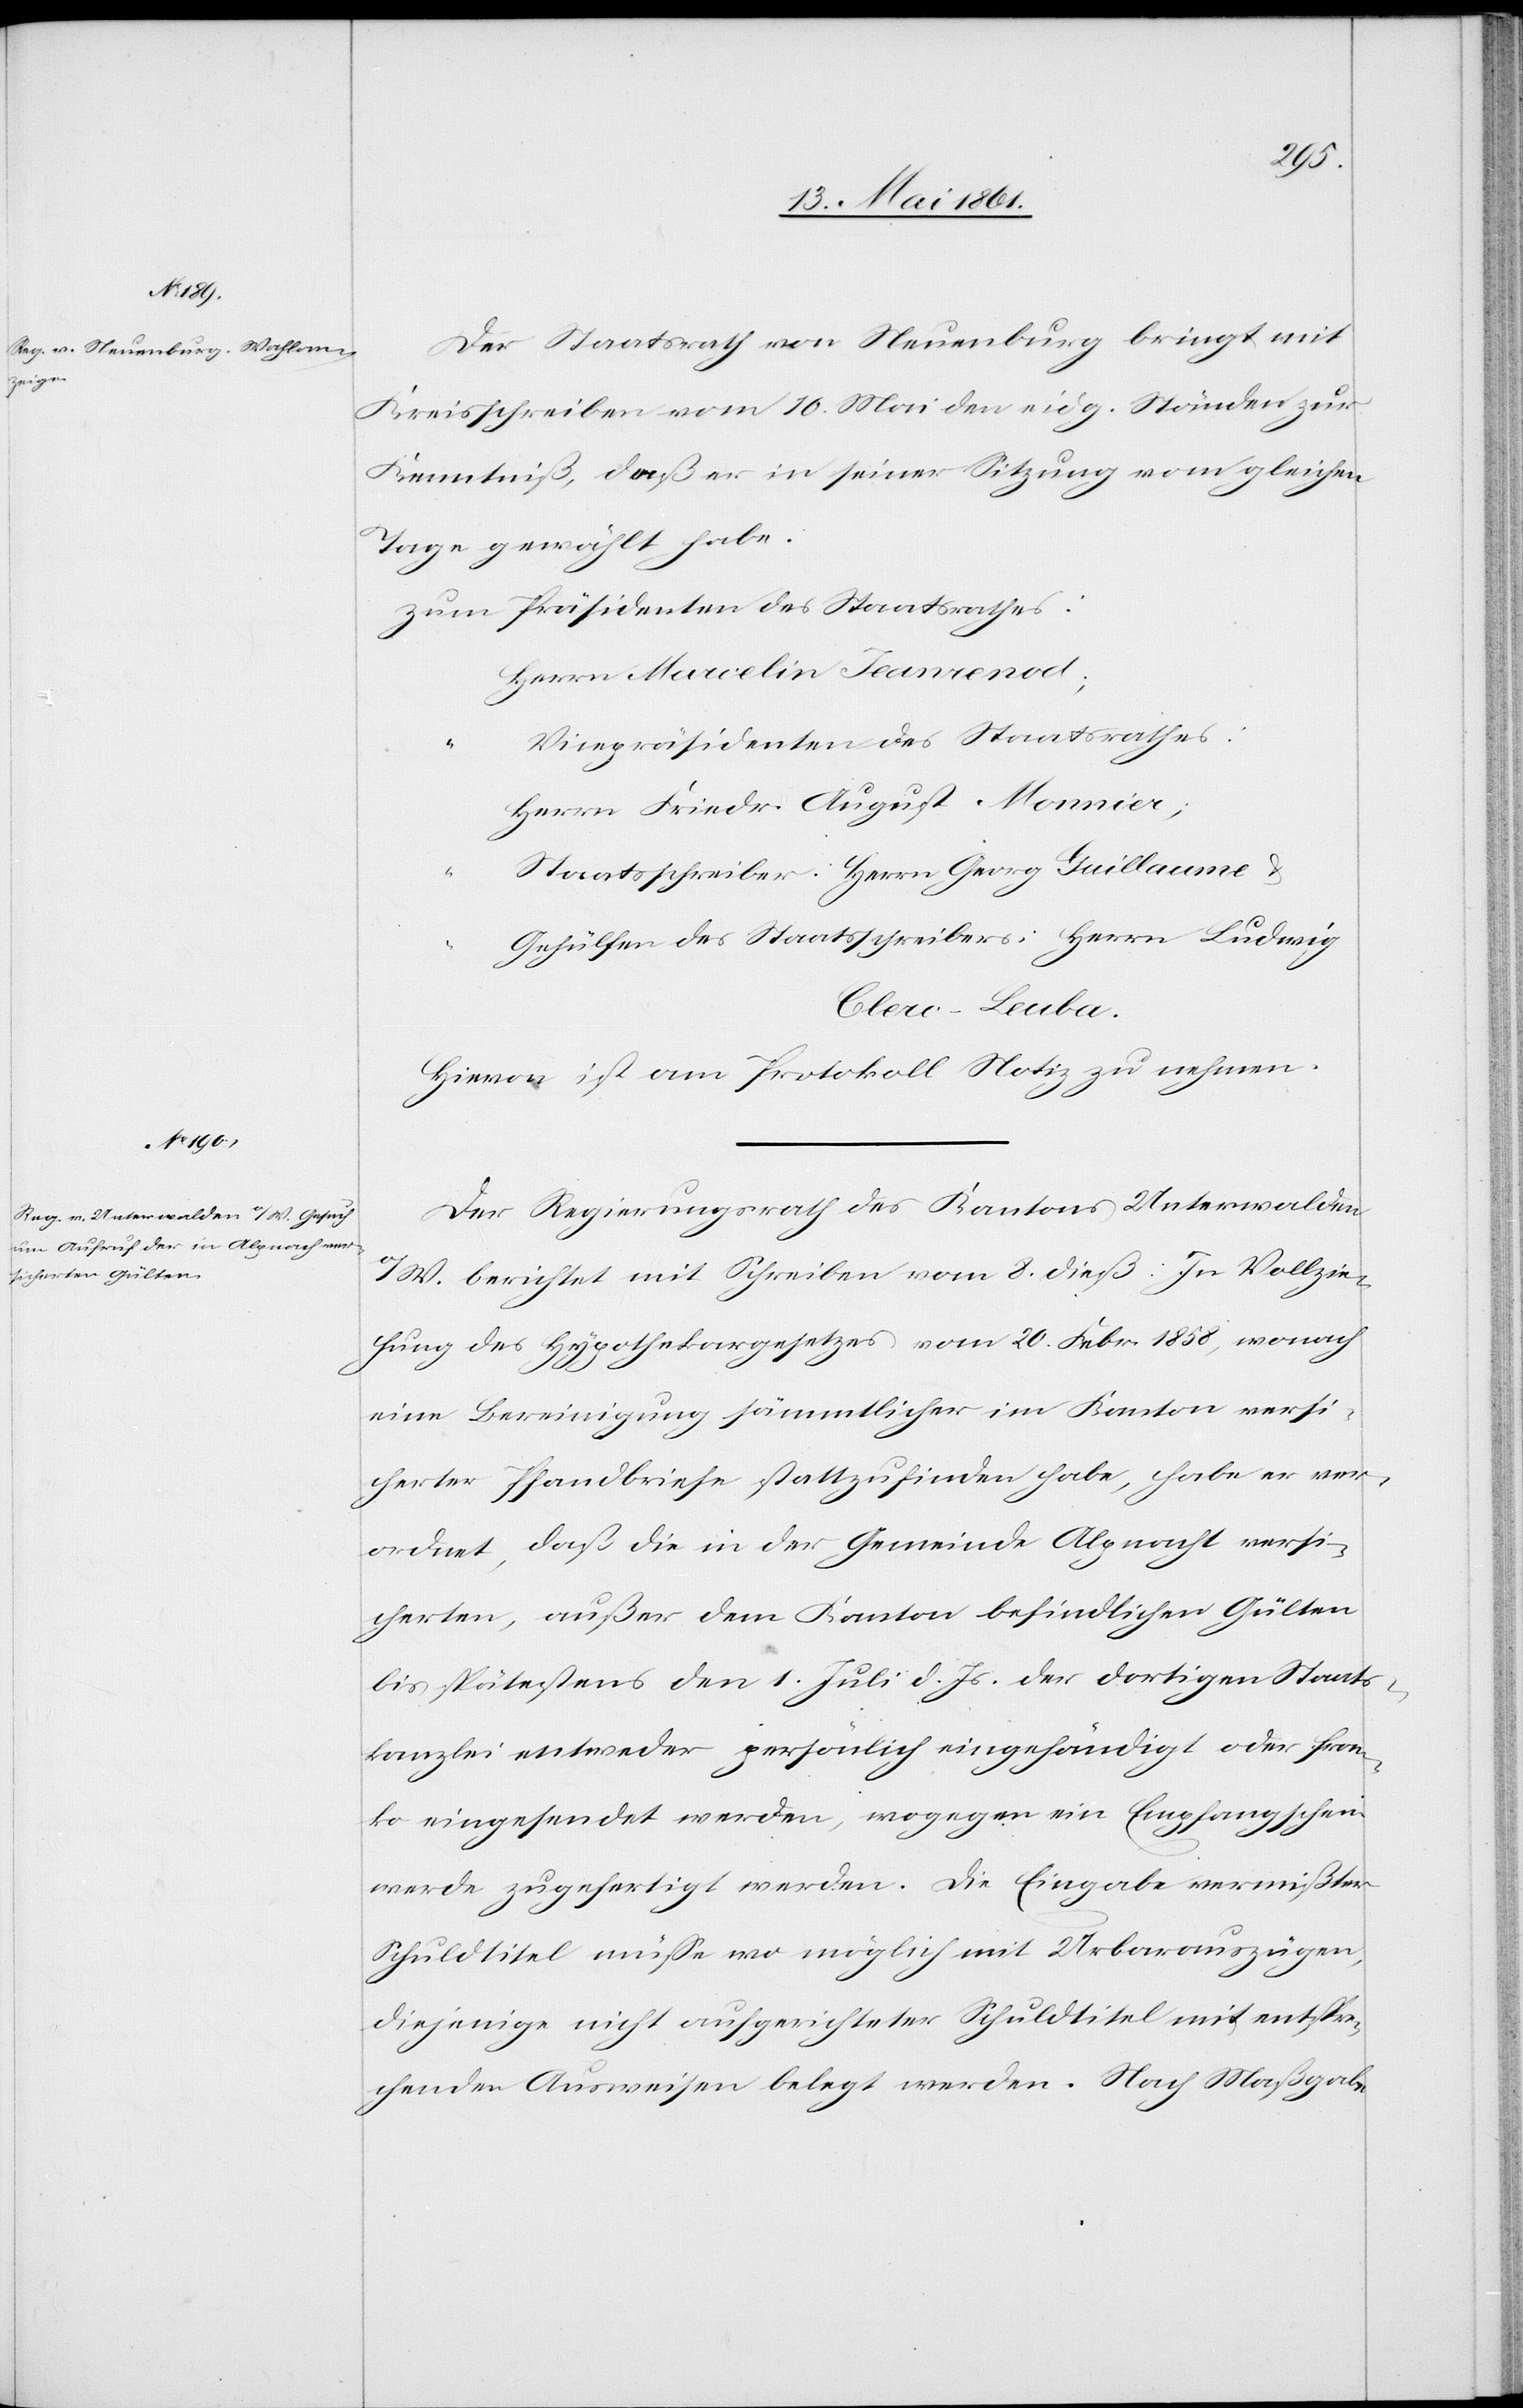
versi¬

c!]
Der Staatsrath von Neuenburg bringt mit
Kreisschreiben vom 10. Mai den eidg. Ständen zur
Kenntniß, daß er in seiner Sitzung vom gleichen
Tage gewählt habe:
Herrn Marcelin Jeanrenod;
Vicepräsidenten des Staatsrathes:
Herrn Friedr. August Monnier;
Staatsschreiber: Herrn Georg Guillaume u.
Gehülfen des Staatsschreibers: Herrn Ludwig
Clerc-Leuba.
Hievon ist am Protokoll Notiz zu nehmen.
Der Regierungsrath des Kantons Unterwalden
o/W. berichtet mit Schreiben vom 8. dieß: in Vollzie¬
hung des Hypothekargesetzes vom 20. Febr. 1858, wonach
eine Bereinigung sämmtlicher im Kanton versi¬
cherter Pfandbriefe stattzufinden habe, habe er ver¬
ordnet, daß die in der Gemeinde Alpnacht [si¬
cherten, außer dem Kanton befindlichen Gülten
bis spätestens den 1. Juli d. Js. der dortigen Staats¬
kanzlei entweder persönlich eingehändigt oder fran¬
ko eingesendet werden, wogegen ein Empfangschein
werde zugefertigt werden. Die Eingabe vermißter
Schuldtitel müsse wo möglich mit Urbarauszügen,
diejenige nicht aufgerichteter Schuldtitel mit entspre¬
chenden Ausweisen belegt werden. Nach Maßgabe